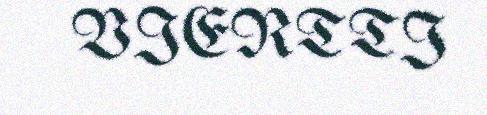
VIERTTI